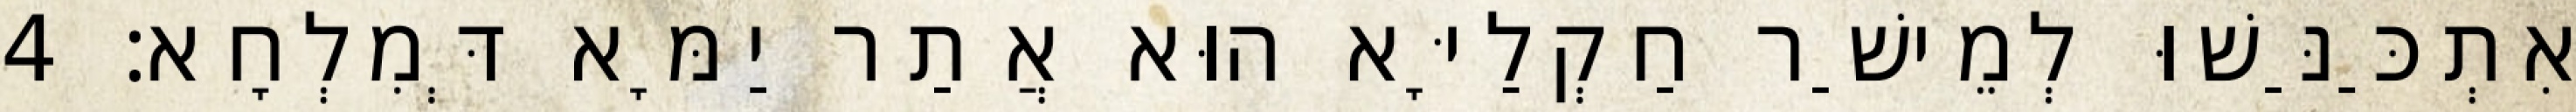
אִתְכַּנַּשׁוּ לְמֵישַׁר חַקְלַיָּא הוּא אֲתַר יַמָּא דְּמִלְחָא׃ 4